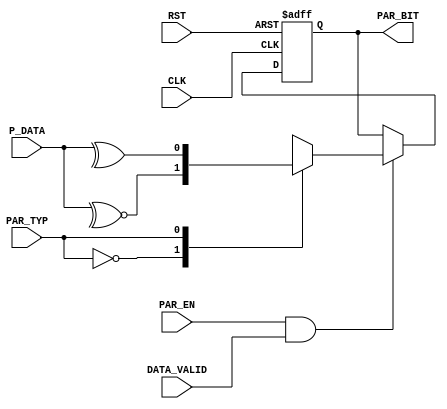
module TX_parity (
 input  wire [7:0] P_DATA,
 input  wire       DATA_VALID,
 input  wire       PAR_EN,PAR_TYP,
 input  wire       CLK,RST,
 output reg        PAR_BIT
 );
 
 localparam even = 0;
 localparam odd  = 1;
 
 always @ (posedge CLK, negedge RST)
  begin
   if(!RST)
    begin
	 PAR_BIT <= 0;
	end
   else if(PAR_EN && DATA_VALID) 
    begin
	 case(PAR_TYP)
	  even: PAR_BIT <= ~^(P_DATA) ;
	  odd : PAR_BIT <=  ^(P_DATA) ;
	 endcase
	end
  end
 
endmodule